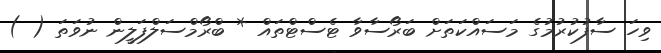
ވިހަ ސާފުކުރުމުގެ މަސައްކަތަށް ބަރޯސާވާ ޓެސްޓްތައް * ބްރޯމްސަލްފަލީން ނުވަތަ ( )